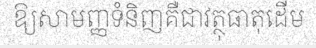
ឱ្យសាមញ្ញទំនិញគឺជាវត្ថុធាតុដើម